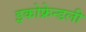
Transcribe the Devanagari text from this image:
इकोफ्रेन्डली